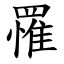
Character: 罹